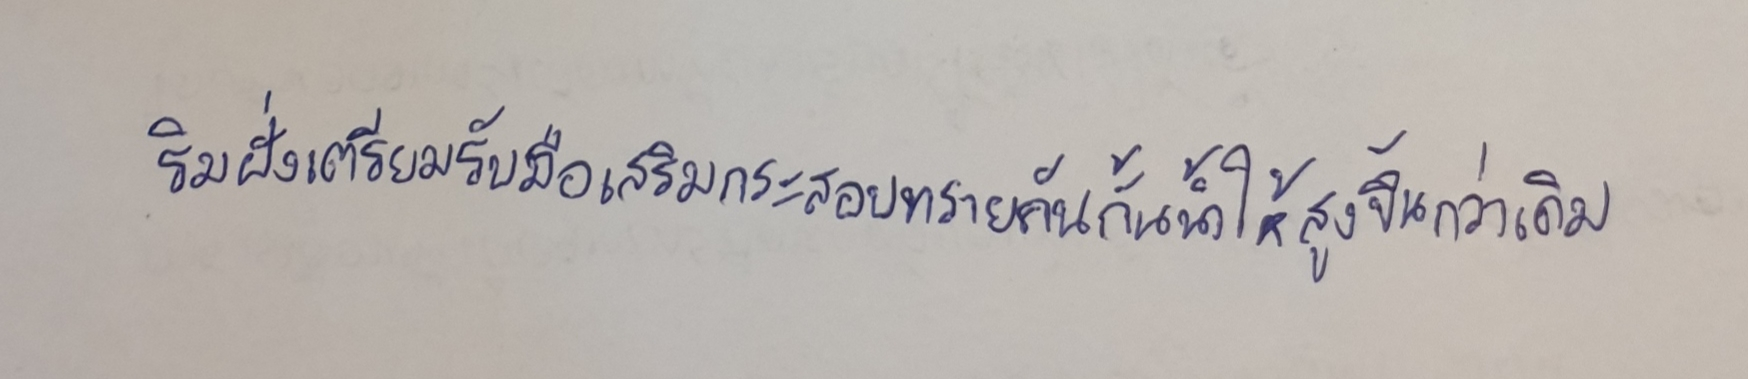
ริมฝั่งเตรียมรับมือเสริมกระสอบทรายคันกั้นน้ำให้สูงขึ้นกว่าเดิม